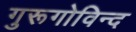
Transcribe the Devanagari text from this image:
गुरूगोविन्द